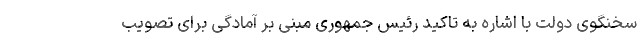
سخنگوی دولت با اشاره به تاکید رئیس جمهوری مبنی بر آمادگی برای تصویب